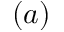
( a )